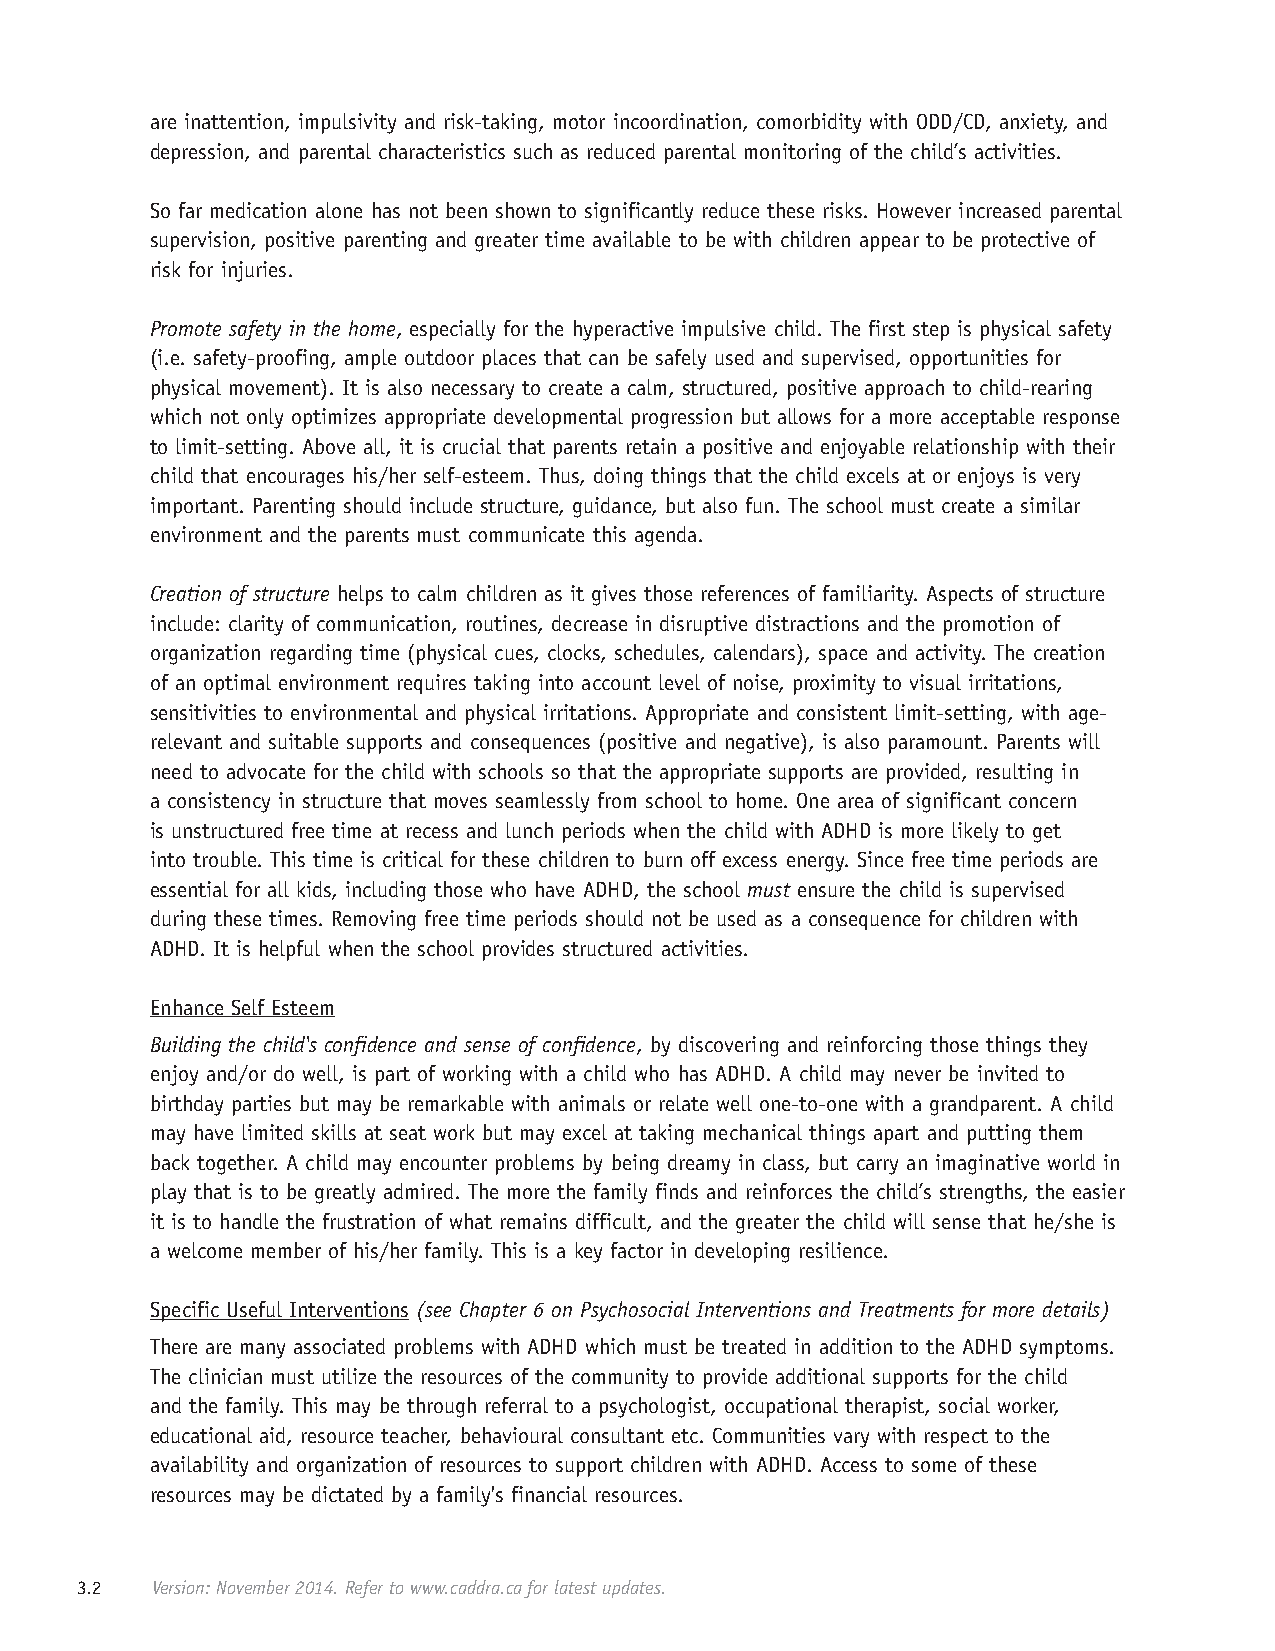
are inattention, impulsivity and risk-taking, motor incoordination, comorbidity with ODD/CD, anxiety, and
 depression, and parental characteristics such as reduced parental monitoring of the child’s activities.
 So far medication alone has not been shown to significantly reduce these risks. However increased parental
 supervision, positive parenting and greater time available to be with children appear to be protective of
 risk for injuries.
 Promote safety in the home, especially for the hyperactive impulsive child. The first step is physical safety
 (i.e. safety-proofing, ample outdoor places that can be safely used and supervised, opportunities for
 physical movement). It is also necessary to create a calm, structured, positive approach to child-rearing
 which not only optimizes appropriate developmental progression but allows for a more acceptable response
 to limit-setting. Above all, it is crucial that parents retain a positive and enjoyable relationship with their
 child that encourages his/her self-esteem. Thus, doing things that the child excels at or enjoys is very
 important. Parenting should include structure, guidance, but also fun. The school must create a similar
 environment and the parents must communicate this agenda.
 Creation of structure helps to calm children as it gives those references of familiarity. Aspects of structure
 include: clarity of communication, routines, decrease in disruptive distractions and the promotion of
 organization regarding time (physical cues, clocks, schedules, calendars), space and activity. The creation
 of an optimal environment requires taking into account level of noise, proximity to visual irritations,
 sensitivities to environmental and physical irritations. Appropriate and consistent limit-setting, with age-
 relevant and suitable supports and consequences (positive and negative), is also paramount. Parents will
 need to advocate for the child with schools so that the appropriate supports are provided, resulting in
 a consistency in structure that moves seamlessly from school to home. One area of significant concern
 is unstructured free time at recess and lunch periods when the child with ADHD is more likely to get
 into trouble. This time is critical for these children to burn off excess energy. Since free time periods are
 essential for all kids, including those who have ADHD, the school must ensure the child is supervised
 during these times. Removing free time periods should not be used as a consequence for children with
 ADHD. It is helpful when the school provides structured activities.
 Enhance Self Esteem
 Building the child's confidence and sense of confidence, by discovering and reinforcing those things they
 enjoy and/or do well, is part of working with a child who has ADHD. A child may never be invited to
 birthday parties but may be remarkable with animals or relate well one-to-one with a grandparent. A child
 may have limited skills at seat work but may excel at taking mechanical things apart and putting them
 back together. A child may encounter problems by being dreamy in class, but carry an imaginative world in
 play that is to be greatly admired. The more the family finds and reinforces the child’s strengths, the easier
 it is to handle the frustration of what remains difficult, and the greater the child will sense that he/she is
 a welcome member of his/her family. This is a key factor in developing resilience.
 Specific Useful Interventions (see Chapter 6 on Psychosocial Interventions and Treatments for more details)
 There are many associated problems with ADHD which must be treated in addition to the ADHD symptoms.
 The clinician must utilize the resources of the community to provide additional supports for the child
 and the family. This may be through referral to a psychologist, occupational therapist, social worker,
 educational aid, resource teacher, behavioural consultant etc. Communities vary with respect to the
 availability and organization of resources to support children with ADHD. Access to some of these
 resources may be dictated by a family's financial resources.
 3.2  Version: November 2014. Refer to www.caddra.ca for latest updates.